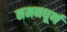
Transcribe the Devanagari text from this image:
नमनघूर्ण